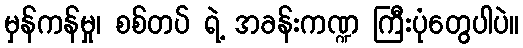
မှန်ကန်မှု၊ စစ်တပ် ရဲ့ အခန်းကဏ္ဍ ကြီးပုံတွေပါပဲ။